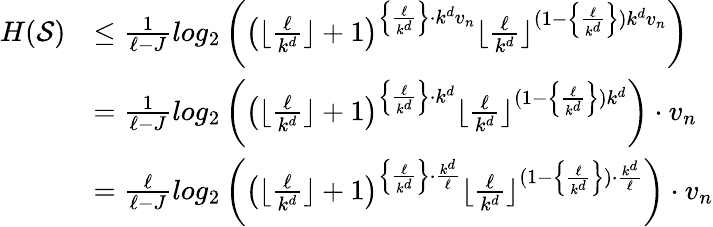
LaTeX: \begin{array}{rl}{H(\mathcal{S})}&{\leq\frac{1}{\ell-J}log_{2}\left(\left(\lfloor\frac{\ell}{k^{d}}\rfloor+1\right)^{\left\{ \frac{\ell}{k^{d}}\right\} \cdot k^{d}v_{n}}\lfloor\frac{\ell}{k^{d}}\rfloor^{(1-\left\{ \frac{\ell}{k^{d}}\right\} )k^{d}v_{n}}\right)}\\ &{=\frac{1}{\ell-J}log_{2}\left(\left(\lfloor\frac{\ell}{k^{d}}\rfloor+1\right)^{\left\{ \frac{\ell}{k^{d}}\right\} \cdot k^{d}}\lfloor\frac{\ell}{k^{d}}\rfloor^{(1-\left\{ \frac{\ell}{k^{d}}\right\} )k^{d}}\right)\cdot v_{n}}\\ &{=\frac{\ell}{\ell-J}log_{2}\left(\left(\lfloor\frac{\ell}{k^{d}}\rfloor+1\right)^{\left\{ \frac{\ell}{k^{d}}\right\} \cdot\frac{k^{d}}{\ell}}\lfloor\frac{\ell}{k^{d}}\rfloor^{(1-\left\{ \frac{\ell}{k^{d}}\right\} )\cdot\frac{k^{d}}{\ell}}\right)\cdot v_{n}}\end{array}